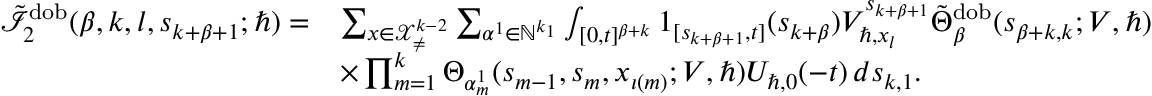
\begin{array} { r l } { \tilde { \mathcal { I } } _ { 2 } ^ { \mathrm { d o b } } ( \beta , k , l , s _ { k + \beta + 1 } ; \hbar ) = } & { \sum _ { \boldsymbol { x } \in \mathcal { X } _ { \neq } ^ { k - 2 } } \sum _ { \alpha ^ { 1 } \in \mathbb { N } ^ { k _ { 1 } } } \int _ { [ 0 , t ] ^ { \beta + k } } \boldsymbol { 1 } _ { [ s _ { k + \beta + 1 } , t ] } ( s _ { k + \beta } ) V _ { \hbar , x _ { l } } ^ { s _ { k + \beta + 1 } } \tilde { \Theta } _ { \beta } ^ { \mathrm { d o b } } ( \boldsymbol { s } _ { \beta + k , k } ; V , \hbar ) } \\ & { \times \prod _ { m = 1 } ^ { k } \Theta _ { \alpha _ { m } ^ { 1 } } ( s _ { m - 1 } , { s } _ { m } , x _ { \iota ( m ) } ; V , \hbar ) U _ { \hbar , 0 } ( - t ) \, d \boldsymbol { s } _ { k , 1 } . } \end{array}